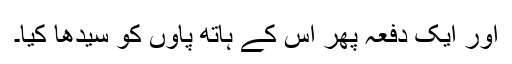
اور ایک دفعہ پھر اس کے ہاتھ پاوں کو سیدھا کیا۔